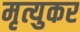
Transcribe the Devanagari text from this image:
मृत्युकर